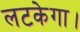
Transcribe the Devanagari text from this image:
लटकेगा।